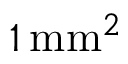
1 \, \mathrm { m m } ^ { 2 }